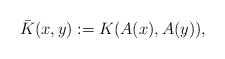
\begin{align*} \bar{K}(x,y):= K(A(x),A(y)), \end{align*}